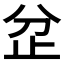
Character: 𣥝